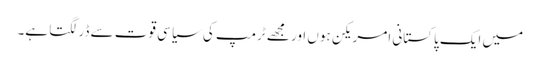
میں ایک پاکستانی امریکن ہوں اور مجھے ٹرمپ کی سیاسی قوت سے ڈر لگتا ہے۔